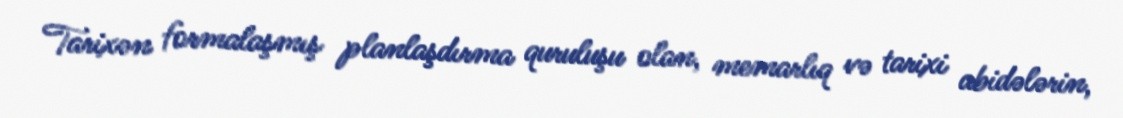
Tarixən formalaşmış planlaşdırma quruluşu olan, memarlıq və tarixi abidələrin,